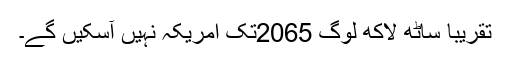
تقریباََ ساٹھ لاکھ لوگ 2065تک امریکہ نہیں آسکیں گے۔